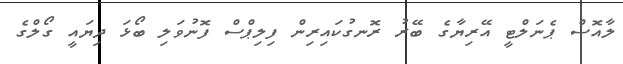
ލާއޮސް ޕެނަލްޓީ އޭރިޔާގެ ބޭރު ރޮނގުކައިރިން ފިލިޕްސް ފޮނުވަލި ބޯޅަ ދިޔައީ ގޯލްގެ